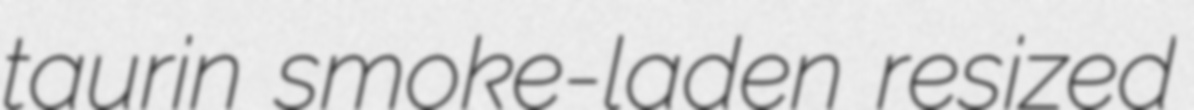
taurin smoke-laden resized